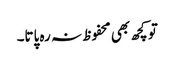
تو کچھ بھی محفوظ نہ رہ پاتا۔